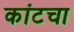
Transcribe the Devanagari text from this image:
कांटचा